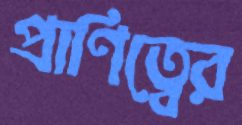
প্রাণিত্বের